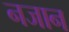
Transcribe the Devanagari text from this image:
नजान